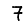
Digit: 7